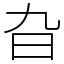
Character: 旮